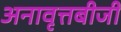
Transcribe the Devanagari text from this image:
अनावृत्तबीजी